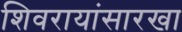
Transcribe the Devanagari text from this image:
शिवरायांसारखा